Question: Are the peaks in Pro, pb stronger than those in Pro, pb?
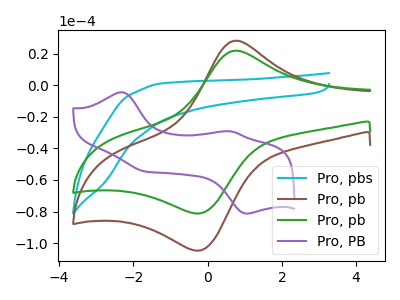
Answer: <think>The cyan curve "Pro, pbs" has no peaks. The brown curve "Pro, pb" has an anodic peak at (0.80V, 28.15uA) and a cathodic peak at (-0.15V, -104.45uA). The green curve "Pro, pb" has an anodic peak at (0.80V, 21.85uA) and a cathodic peak at (-0.15V, -81.00uA). The purple curve "Pro, PB" has anodic peaks at (-2.30V, -4.50uA) (0.60V, -29.25uA) and cathodic peaks at (1.05V, -81.25uA) (-1.70V, -54.60uA).</think>
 <answer>Every peak in "Pro, pb" is lower than every peak in "Pro, pb".</answer>
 <eval>lower</eval>